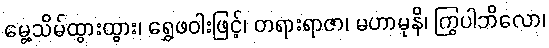
မွေ့သိမ်ထွားထွား၊ ရွှေဖဝါးဖြင့်၊ တရားရာဇာ၊ မဟာမုနိ၊ ကြွပါဘိလော၊